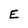
Character: E